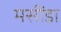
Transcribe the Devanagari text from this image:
मसींडा